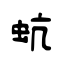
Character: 蚢